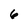
Character: 6